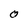
Character: O